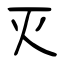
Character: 灭